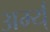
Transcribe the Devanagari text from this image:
अर्म्य्